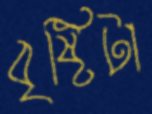
বৃষ্টিটা